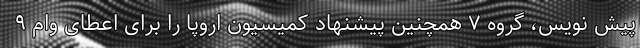
پیش نویس، گروه ۷ همچنین پیشنهاد کمیسیون اروپا را برای اعطای وام ۹